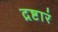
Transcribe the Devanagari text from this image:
द्रष्टारं